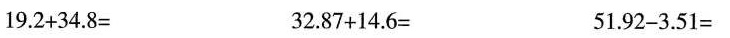
$$1 9 . 2 + 3 4 . 8 =$$ $$3 2 . 8 7 +1 4 . 6 =$$ $$5 1 .9 2 -3 . 5 1 =$$